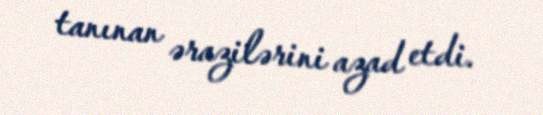
tanınan ərazilərini azad etdi.